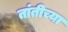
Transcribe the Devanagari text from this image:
तांतीच्या